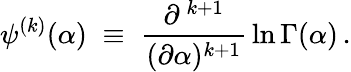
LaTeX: \psi^{(k)}(\alpha)\; \equiv\; \frac{\partial^{\, k+1}}{(\partial\alpha)^{k+1}}\, \ln\Gamma(\alpha)\, .